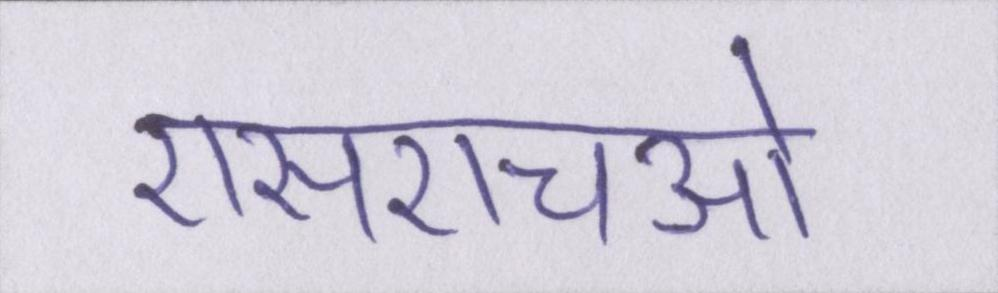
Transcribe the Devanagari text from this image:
एसएचओ